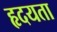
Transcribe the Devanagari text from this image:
हृदयता